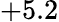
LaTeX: +5.2